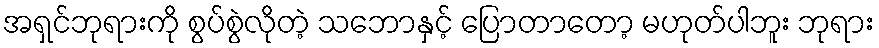
အရှင်ဘုရားကို စွပ်စွဲလိုတဲ့ သဘောနှင့် ပြောတာတော့ မဟုတ်ပါဘူး ဘုရား